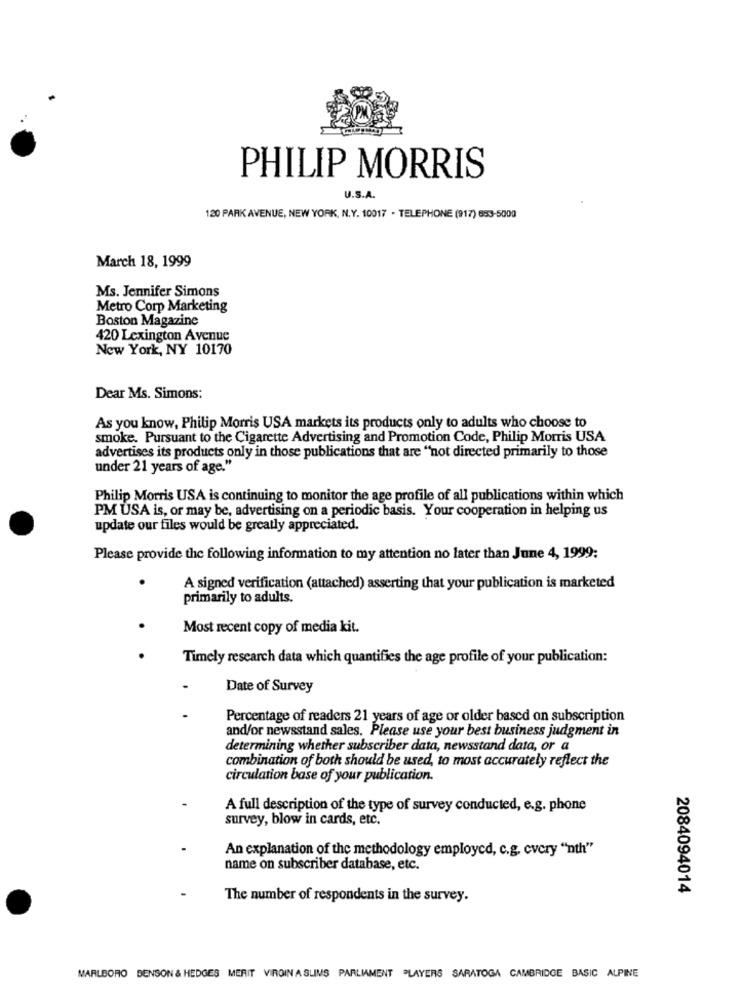
PHILIP MORRIS
U.S.A.
120 PARK AVENUE, NEW YORK, N.Y. 10017 . TELEPHONE (917) 683-5000
March 18, 1999
Ms. Jennifer Simons
Metro Corp Marketing
Boston Magazine
420 Lexington Avenue
New York, NY 10170
Dear Ms. Simons:
As you know, Philip Morris USA markets its products only to adults who choose to
smoke. Pursuant to the Cigarette Advertising and Promotion Code, Philip Morris USA
advertises its products only in those publications that are "not directed primarily to those
under 21 years of age."
Philip Morris USA is continuing to monitor the age profile of all publications within which
PM USA is, or may be, advertising on a periodic basis. Your cooperation in helping us
update our files would be greatly appreciated.
Please provide the following information to my attention no later than June 4, 1999:
A signed verification (attached) asserting that your publication is marketed
primarily to adults.
Most recent copy of media kit.
Timely research data which quantifies the age profile of your publication:
Date of Survey
Percentage of readers 21 years of age or older based on subscription
and/or newsstand sales. Please use your best business judgment in
determining whether subscriber data, newsstand data, or a
combination of both should be used, to most accurately reflect the
circulation base of your publication.
A full description of the type of survey conducted, e.g. phone
survey, blow in cards, etc.
An explanation of the methodology employed, c.g. cvery "nth"
name on subscriber database, etc.
2084094014
The number of respondents in the survey.
MARLBORO BENSON & HEDGES MERIT VIRGIN A SLIMS PARLIAMENT PLAYERS SARATOGA CAMBRIDGE BASIC ALPINE